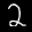
Label: 2